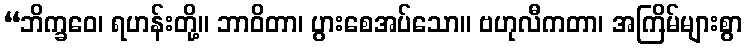
“ဘိက္ခဝေ၊ ရဟန်းတို့။ ဘာဝိတာ၊ ပွားစေအပ်သော။ ဗဟုလီကတာ၊ အကြိမ်များစွာ